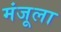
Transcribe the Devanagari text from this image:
मंजूला